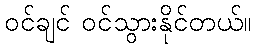
ဝင်ချင် ဝင်သွားနိုင်တယ်။